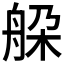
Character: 䑮